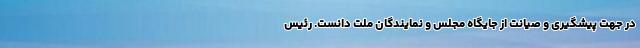
در جهت پیشگیری و صیانت از جایگاه مجلس و نمایندگان ملت دانست. رئیس